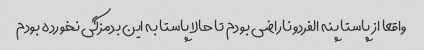
واقعا از پاستا پنه الفردو ناراضی بودم تا حالا پاستا به این بدمزگی نخورده بودم